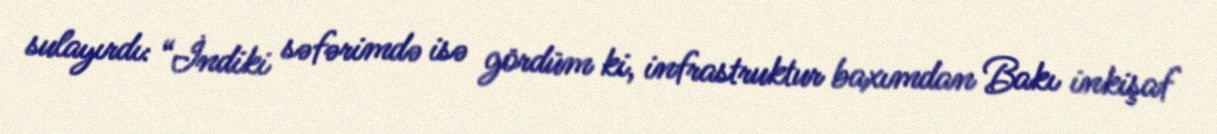
sulayırdı: “İndiki səfərimdə isə gördüm ki, infrastruktur baxımdan Bakı inkişaf